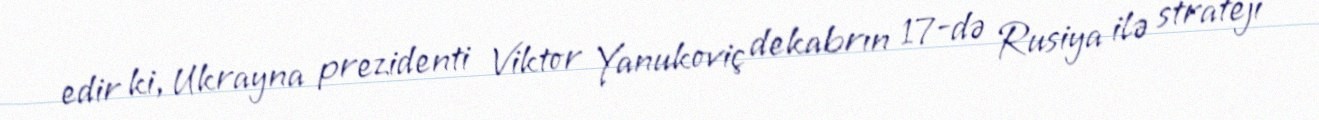
edir ki, Ukrayna prezidenti Viktor Yanukoviç dekabrın 17-də Rusiya ilə strateji